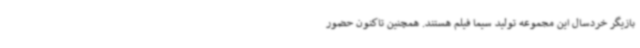
بازیگر خردسال این مجموعه تولید سیما فیلم هستند. همچنین تاکنون حضور